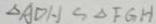
\Delta A D H \sim \Delta F G H